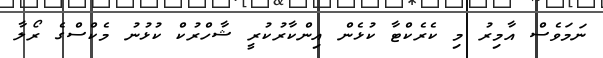
ނަމަވެސް އާމިރު މި ކެރެކްޓާ ކުޅެން އިންކާރުކުރީ ޝާހްރުކް ކުޅުނު މެކްސްގެ ރޯލާ